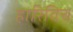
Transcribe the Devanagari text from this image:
हारिविच